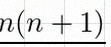
n(n+1)